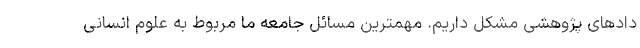
دادهای پژوهشی مشکل داریم. مهمترین مسائل جامعه ما مربوط به علوم انسانی